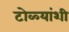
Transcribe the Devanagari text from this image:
टोळ्यांशी